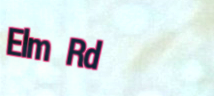
Elm Rd